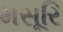
મસૂરિ